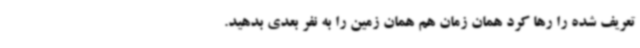
تعریف شده را رها کرد همان زمان هم همان زمین را به نفر بعدی بدهید.